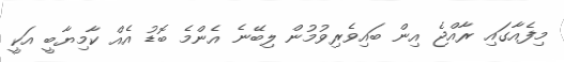
މިފެއާގައި ރާއްޖެ އިން ބައިވެރިވުމުން ލިބޭނެ އެންމެ ބޮޑު އެއް ކާމިޔާބީ އަކީ